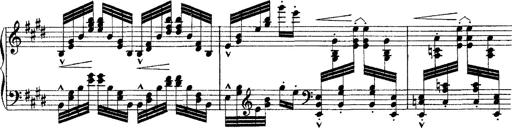
Title: Ã‰tudes d'exÃ©cution transcendante d'aprÃ¨s Paganini
Composer: Franz Liszt